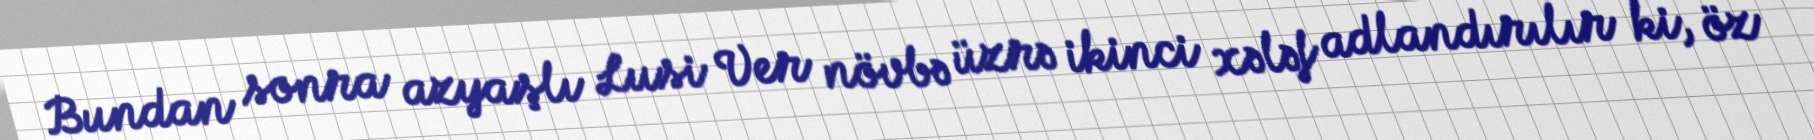
Bundan sonra azyaşlı Lusi Ver növbə üzrə ikinci xələf adlandırılır ki, öz